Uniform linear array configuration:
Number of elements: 12
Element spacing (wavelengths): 0.5
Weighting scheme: hann
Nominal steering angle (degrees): -30
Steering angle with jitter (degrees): -30.988
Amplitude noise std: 0.05
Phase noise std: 0.05

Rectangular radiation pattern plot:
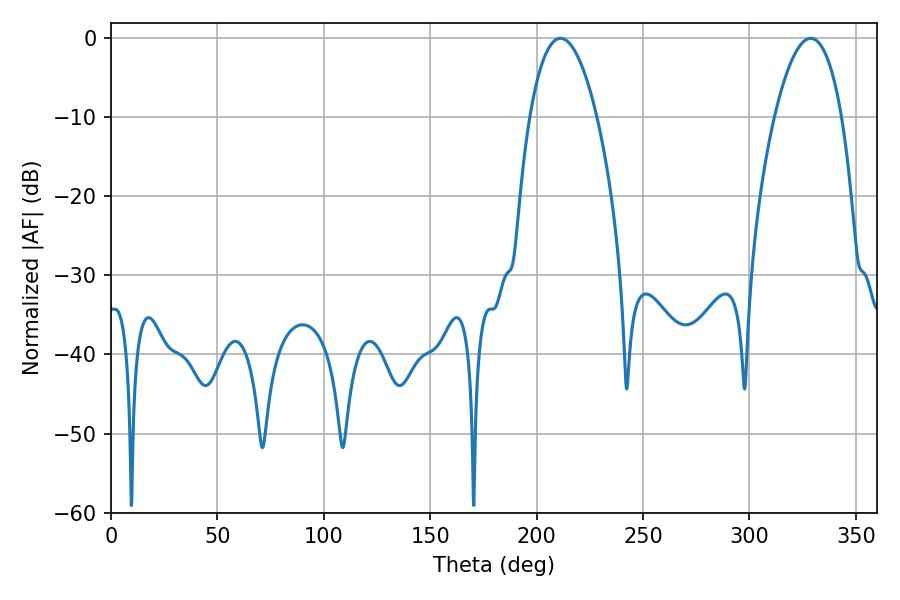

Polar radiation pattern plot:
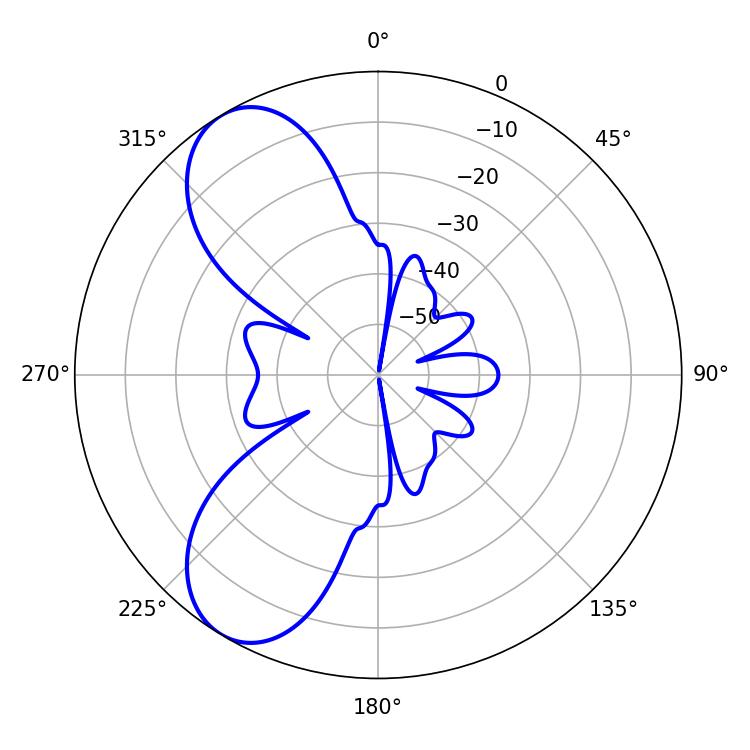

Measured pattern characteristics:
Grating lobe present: FALSE
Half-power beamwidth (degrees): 17.46
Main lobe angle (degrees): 211.14